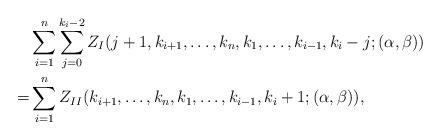
LaTeX: \begin{align*}\begin{aligned}&\sum_{i=1}^{n}\sum_{j=0}^{k_i-2}Z_{I}(j+1,k_{i+1},\ldots,k_n,k_1,\ldots,k_{i-1},k_i-j;(\alpha,\beta))\\=&\sum_{i=1}^{n}Z_{II}(k_{i+1},\ldots,k_n,k_1,\ldots,k_{i-1},k_i+1;(\alpha,\beta)),\end{aligned}\end{align*}